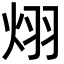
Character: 𪸪